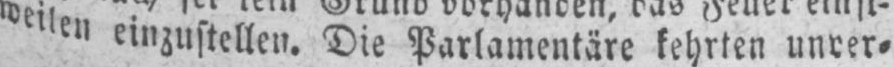
weilen einzustellen. Die Parlamentäre kehrten unver⸗